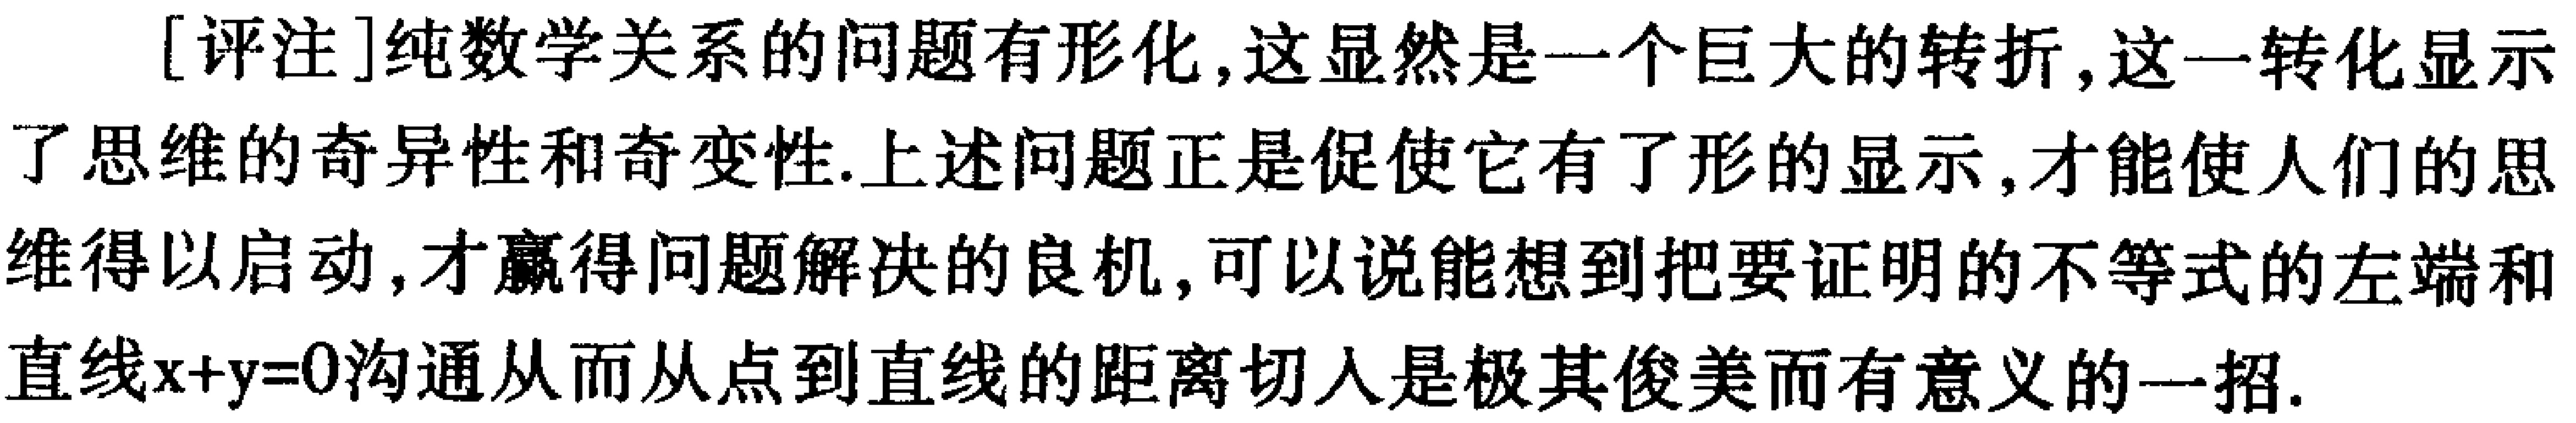
[评注]纯数学关系的问题有形化,这显然是一个巨大的转折,这一转化显示了思维的奇异性和奇变性.上述问题正是促使它有了形的显示,才能使人们的思维得以启动,才赢得问题解决的良机,可以说能想到把要证明的不等式的左端和直线\(x + y = 0\)沟通从而从点到直线的距离切入是极其俊美而有意义的一招.